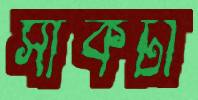
সাঁকটা